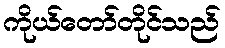
ကိုယ်တော်တိုင်သည်